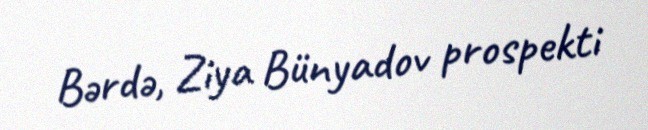
Bərdə, Ziya Bünyadov prospekti